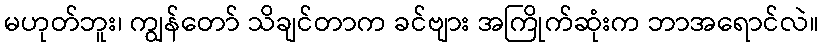
မဟုတ်ဘူး၊ ကျွန်တော် သိချင်တာက ခင်ဗျား အကြိုက်ဆုံးက ဘာအရောင်လဲ။